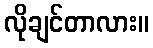
လိုချင်တာလား။